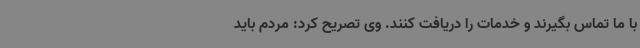
با ما تماس بگیرند و خدمات را دریافت کنند. وی تصریح کرد: مردم باید